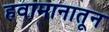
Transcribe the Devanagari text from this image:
हवामानातून